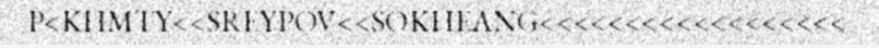
P<KHMTY<<SREYPOV<<SOKHEANG<<<<<<<<<<<<<<<<<<